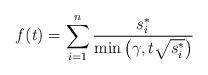
LaTeX: \begin{align*} f(t) = \sum_{i=1}^n \frac{s_i^*}{\min\left(\gamma, t\sqrt{s_i^*}\right)}\end{align*}